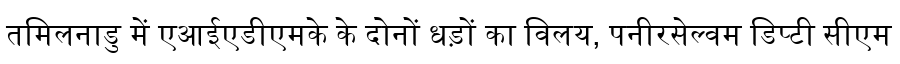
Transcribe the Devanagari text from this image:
तमिलनाडु में एआईएडीएमके के दोनों धड़ों का विलय, पनीरसेल्वम डिप्टी सीएम